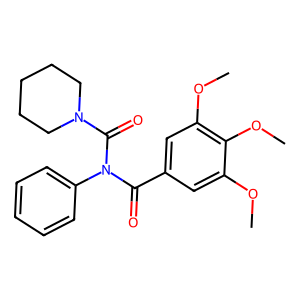
SMILES: COc1cc(C(=O)N(C(=O)N2CCCCC2)c2ccccc2)cc(OC)c1OC
Inhibits HIV replication: No